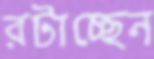
রটাচ্ছেন